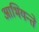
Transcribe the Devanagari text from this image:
आभियन्ते